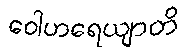
ဝေါဟရေယျာတိ